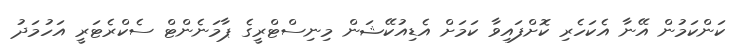
ކަންކަމުން އޭނާ އެކަހެރި ކޮށްފައިވާ ކަމަށް އެޑިއުކޭޝަން މިނިސްޓްރީގެ ޕާމަނެންޓް ސެކްރެޓަރީ އަހުމަދު